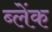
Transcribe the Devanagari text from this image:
ब्लेंक